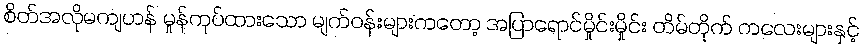
စိတ်အလိုမကျဟန် မှုန်ကုပ်ထားသော မျက်ဝန်းများကတော့ အပြာရောင်မှိုင်းမှိုင်း တိမ်တိုက် ကလေးများနှင့်